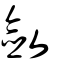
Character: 斂